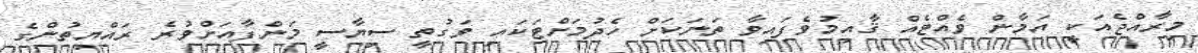
މިރާއްޖެއަކީ އަމާން ވެއްޓެއް ޤާއިމުވެފައިވާ ތަނަކަށް ހެދުމަށްޓަކައި ވަގުތީ ސިޔާސީ މަންފާއަށްވުރެ ރައްޔިތުންގެ